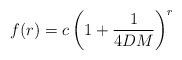
LaTeX: \begin{align*} f(r)=c\left(1+\frac{1}{4DM}\right)^r \end{align*}